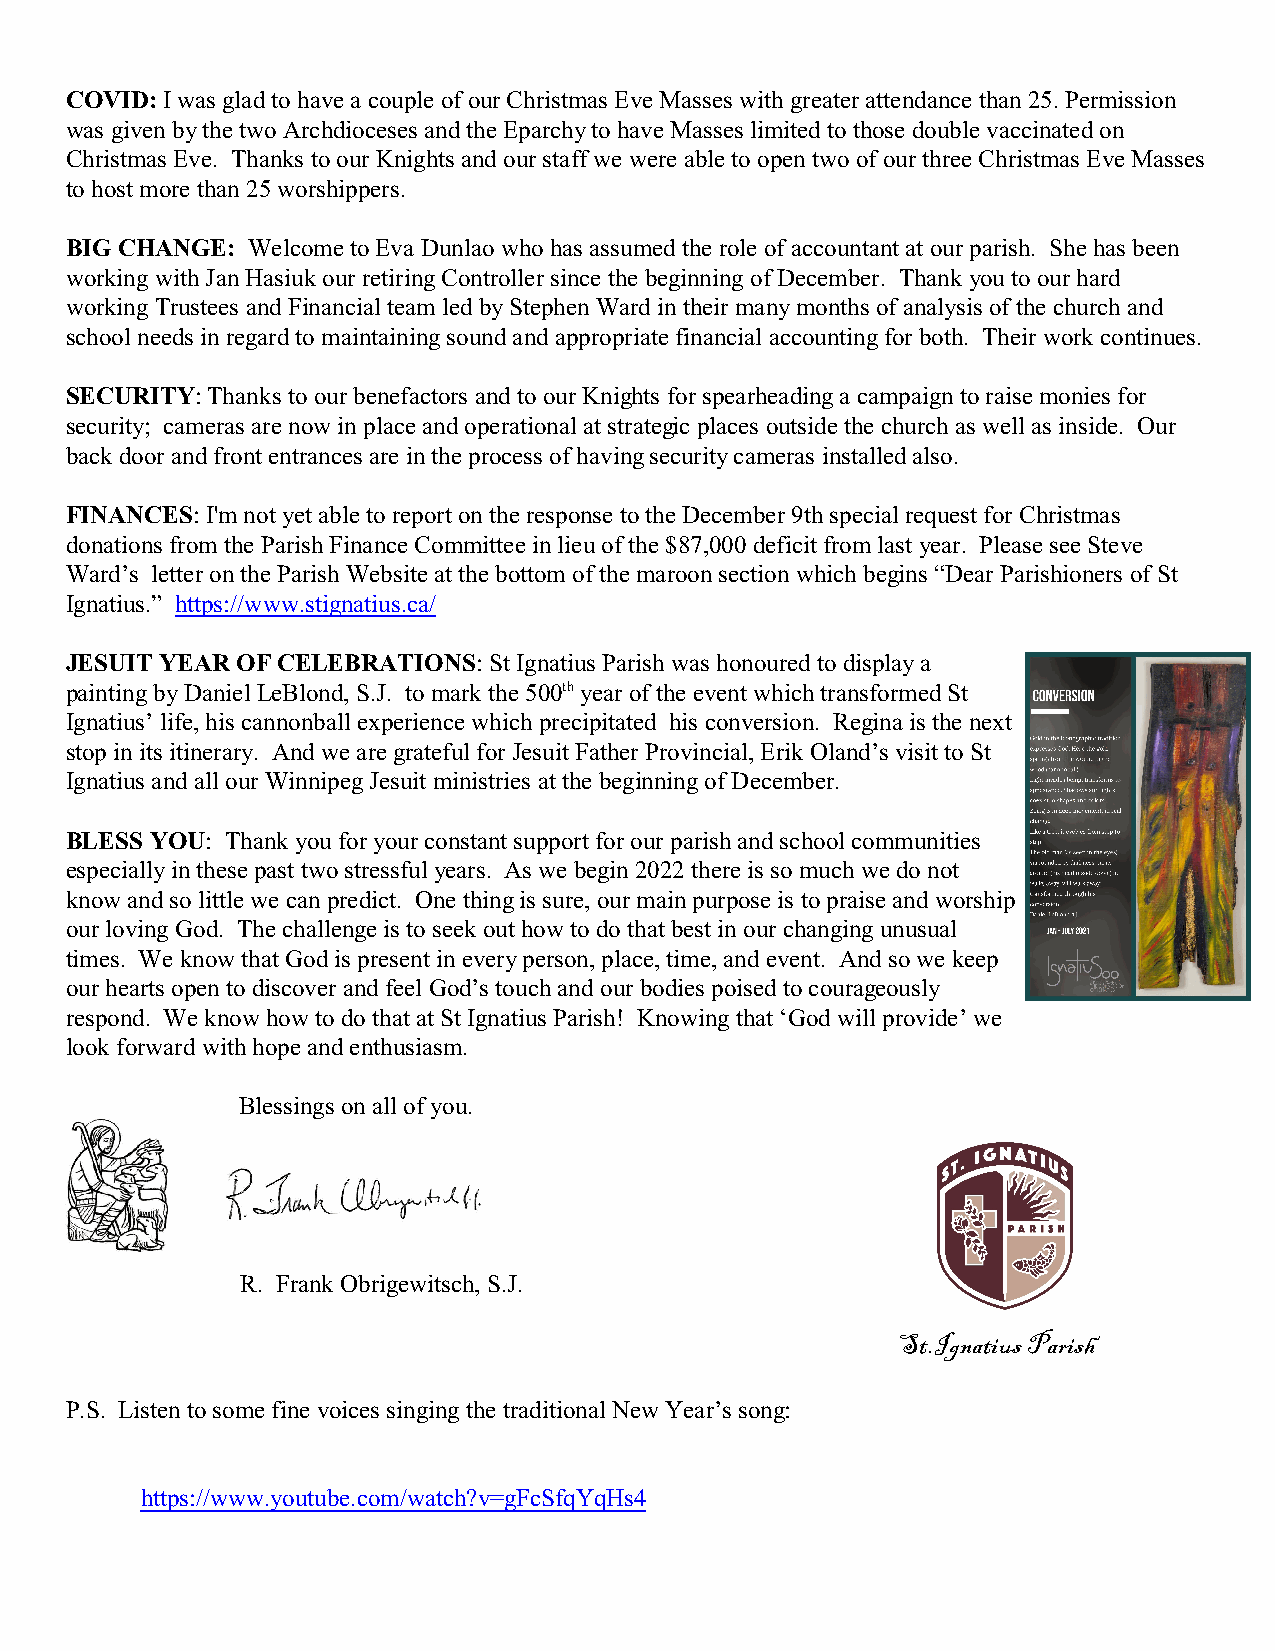
COVID: I was glad to have a couple of our Christmas Eve Masses with greater attendance than 25. Permission
 was given by the two Archdioceses and the Eparchy to have Masses limited to those double vaccinated on
 Christmas Eve. Thanks to our Knights and our staff we were able to open two of our three Christmas Eve Masses
 to host more than 25 worshippers.
 BIG CHANGE: Welcome to Eva Dunlao who has assumed the role of accountant at our parish. She has been
 working with Jan Hasiuk our retiring Controller since the beginning of December. Thank you to our hard
 working Trustees and Financial team led by Stephen Ward in their many months of analysis of the church and
 school needs in regard to maintaining sound and appropriate financial accounting for both. Their work continues.
 SECURITY: Thanks to our benefactors and to our Knights for spearheading a campaign to raise monies for
 security; cameras are now in place and operational at strategic places outside the church as well as inside. Our
 back door and front entrances are in the process of having security cameras installed also.
 FINANCES: I'm not yet able to report on the response to the December 9th special request for Christmas
 donations from the Parish Finance Committee in lieu of the $87,000 deficit from last year. Please see Steve
 Ward’s letter on the Parish Website at the bottom of the maroon section which begins “Dear Parishioners of St
 Ignatius.” https://www.stignatius.ca/
 JESUIT YEAR OF CELEBRATIONS: St Ignatius Parish was honoured to display a
 painting by Daniel LeBlond, S.J. to mark the 500th year of the event which transformed St
 Ignatius’ life, his cannonball experience which precipitated his conversion. Regina is the next
 stop in its itinerary. And we are grateful for Jesuit Father Provincial, Erik Oland’s visit to St
 Ignatius and all our Winnipeg Jesuit ministries at the beginning of December.
 BLESS YOU: Thank you for your constant support for our parish and school communities
 especially in these past two stressful years. As we begin 2022 there is so much we do not
 know and so little we can predict. One thing is sure, our main purpose is to praise and worship
 our loving God. The challenge is to seek out how to do that best in our changing unusual
 times. We know that God is present in every person, place, time, and event. And so we keep
 our hearts open to discover and feel God’s touch and our bodies poised to courageously
 respond. We know how to do that at St Ignatius Parish! Knowing that ‘God will provide’ we
 look forward with hope and enthusiasm.
 Blessings on all of you.
 R. Frank Obrigewitsch, S.J.
 St.Ignatius Parish
 P.S. Listen to some fine voices singing the traditional New Year’s song:
 https://www.youtube.com/watch?v=gFcSfqYqHs4